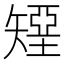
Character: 𰦟